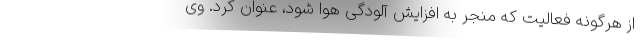
از هرگونه فعالیت که منجر به افزایش آلودگی هوا شود، عنوان کرد. وی